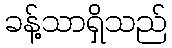
ခန့်သာရှိသည်